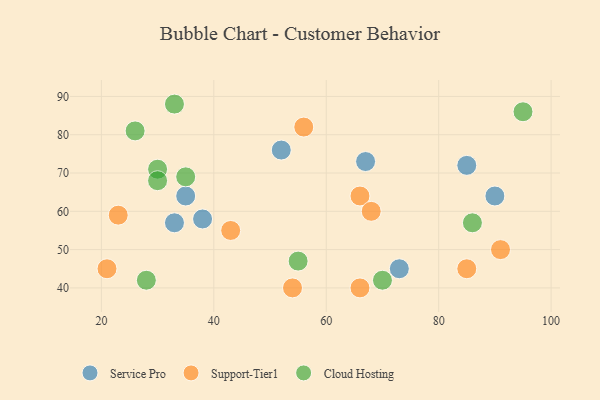
{"axis": {"x": "GDP", "y": "Life Expectancy"}, "legend": ["Cloud Hosting", "Service Pro", "Support-Tier1"], "data": [{"x": "38", "y": 58, "type": "Service Pro"}, {"x": "52", "y": 76, "type": "Service Pro"}, {"x": "67", "y": 73, "type": "Service Pro"}, {"x": "33", "y": 57, "type": "Service Pro"}, {"x": "73", "y": 45, "type": "Service Pro"}, {"x": "35", "y": 64, "type": "Service Pro"}, {"x": "85", "y": 72, "type": "Service Pro"}, {"x": "90", "y": 64, "type": "Service Pro"}, {"x": "66", "y": 40, "type": "Support-Tier1"}, {"x": "54", "y": 40, "type": "Support-Tier1"}, {"x": "21", "y": 45, "type": "Support-Tier1"}, {"x": "66", "y": 64, "type": "Support-Tier1"}, {"x": "68", "y": 60, "type": "Support-Tier1"}, {"x": "85", "y": 45, "type": "Support-Tier1"}, {"x": "43", "y": 55, "type": "Support-Tier1"}, {"x": "91", "y": 50, "type": "Support-Tier1"}, {"x": "56", "y": 82, "type": "Support-Tier1"}, {"x": "23", "y": 59, "type": "Support-Tier1"}, {"x": "33", "y": 88, "type": "Cloud Hosting"}, {"x": "30", "y": 71, "type": "Cloud Hosting"}, {"x": "86", "y": 57, "type": "Cloud Hosting"}, {"x": "35", "y": 69, "type": "Cloud Hosting"}, {"x": "70", "y": 42, "type": "Cloud Hosting"}, {"x": "26", "y": 81, "type": "Cloud Hosting"}, {"x": "95", "y": 86, "type": "Cloud Hosting"}, {"x": "30", "y": 68, "type": "Cloud Hosting"}, {"x": "28", "y": 42, "type": "Cloud Hosting"}, {"x": "55", "y": 47, "type": "Cloud Hosting"}]}